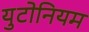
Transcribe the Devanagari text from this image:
युटोनियम